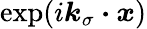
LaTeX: \exp(i\boldsymbol{k}_{\sigma}\boldsymbol{\cdot}\boldsymbol{x})